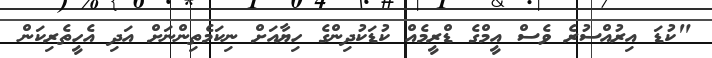
"ކުޑަ އިރުއްސުރެ ވެސް އީމްގެ ޑްރީމެއް ކުޑަކުދިންގެ ހިޔާއަށް ނިކަމެތިންނަށް އަދި އެހީތެރިކަން